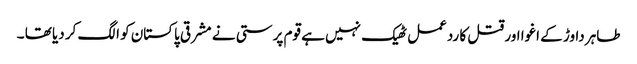
طاہر داوڑ کے اغوا اور قتل کا ردعمل ٹھیک نہیں ہے قوم پرستی نے مشرقی پاکستان کو الگ کر دیا تھا ۔